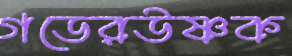
গডেরউষ্ণক